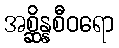
အစ္ဆိန္နစီဝရော